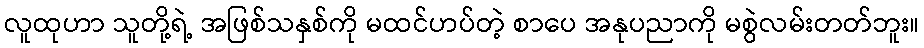
လူထုဟာ သူတို့ရဲ့ အဖြစ်သနှစ်ကို မထင်ဟပ်တဲ့ စာပေ အနုပညာကို မစွဲလမ်းတတ်ဘူး။